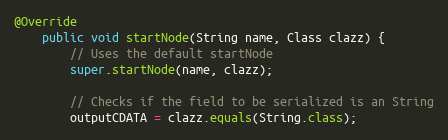
Language: Java
@Override
	public void startNode(String name, Class clazz) {
		// Uses the default startNode
		super.startNode(name, clazz);

		// Checks if the field to be serialized is an String
		outputCDATA = clazz.equals(String.class);